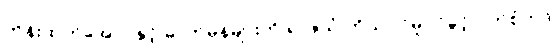
ဟိန်းထက်အောင်နှင့် ဓာတ်မှန်များကို ရာဇသံ ကိုယ်ပိုင်မူပိုင်ခွင့် ဝတ်စုံကုဒ်